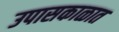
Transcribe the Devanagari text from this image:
उपासकाळात